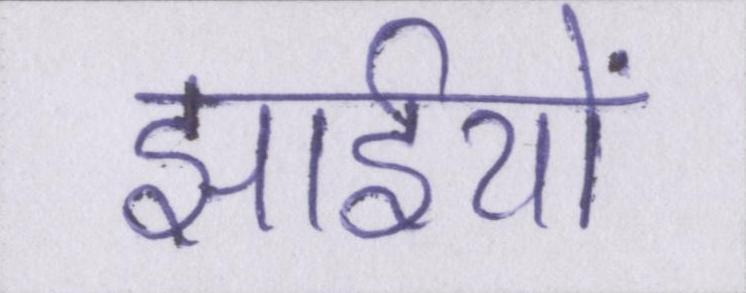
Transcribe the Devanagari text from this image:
झाईयों